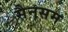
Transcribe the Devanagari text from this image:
सैनसम